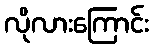
လိုလားကြောင်း